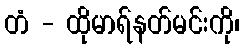
တံ - ထိုမာရ်နတ်မင်းကို၊